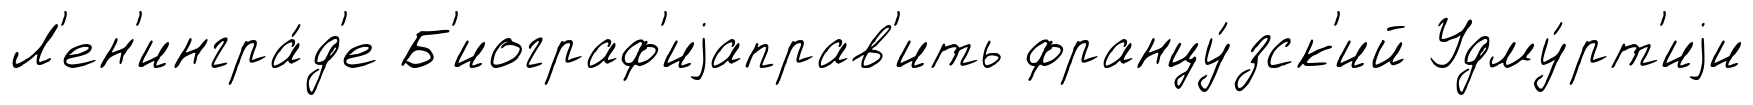
Л'ен'ингра́д'е Б'иограф'иjаправ'ить францу́зск'ий Удму́рт'иjи